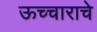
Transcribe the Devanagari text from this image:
ऊच्चाराचे